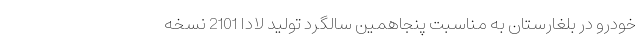
خودرو در بلغارستان به مناسبت پنجاهمین سالگرد تولید لادا 2101 نسخه